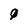
Character: 0